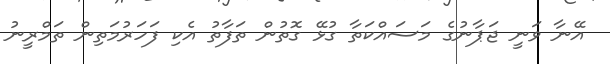
އޭނާ ވަނީ ޖަޕާނުގެ މަސައްކަތާ ގުޅޭ ގޮތުން ތަފާތު އެކި ފަހަރުމަތިން ތަމްރީނު